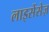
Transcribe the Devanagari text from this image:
लाइसेंसेज़